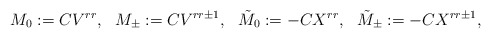
\begin{align*}M_0:=CV^{rr},\ \ M_{\pm}:=CV^{rr\pm1},\ \ {\tilde M}_0:=-CX^{rr},\ \ {\tilde M}_{\pm}:=-CX^{rr\pm1},\end{align*}